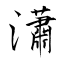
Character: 瀟